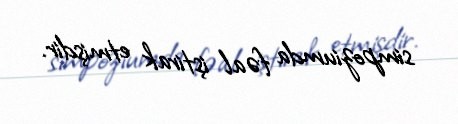
simpoziumda fəal iştirak etmişdir.